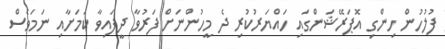
ފުލުހުން ހިންގި އޮޕަރޭޝަންގައި ހައްޔަރުކުރި ދެ މީހުންނަށް ފަރުވާ ދީފައިވާ ކަމަށާއި ނަމަވެސް